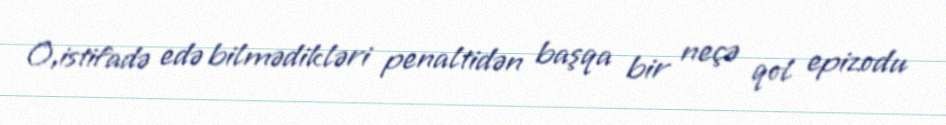
O,istifadə edə bilmədikləri penaltidən başqa bir neçə qol epizodu